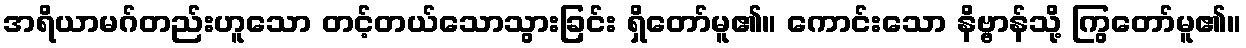
အရိယာမဂ်တည်းဟူသော တင့်တယ်သောသွားခြင်း ရှိတော်မူ၏။ ကောင်းသော နိဗ္ဗာန်သို့ ကြွတော်မူ၏။